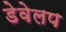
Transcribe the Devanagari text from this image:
डेवेलप